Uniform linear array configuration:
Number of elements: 24
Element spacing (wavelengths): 0.75
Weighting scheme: cosine
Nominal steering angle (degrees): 60
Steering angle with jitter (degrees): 61.044
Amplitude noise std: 0.05
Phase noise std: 0.05

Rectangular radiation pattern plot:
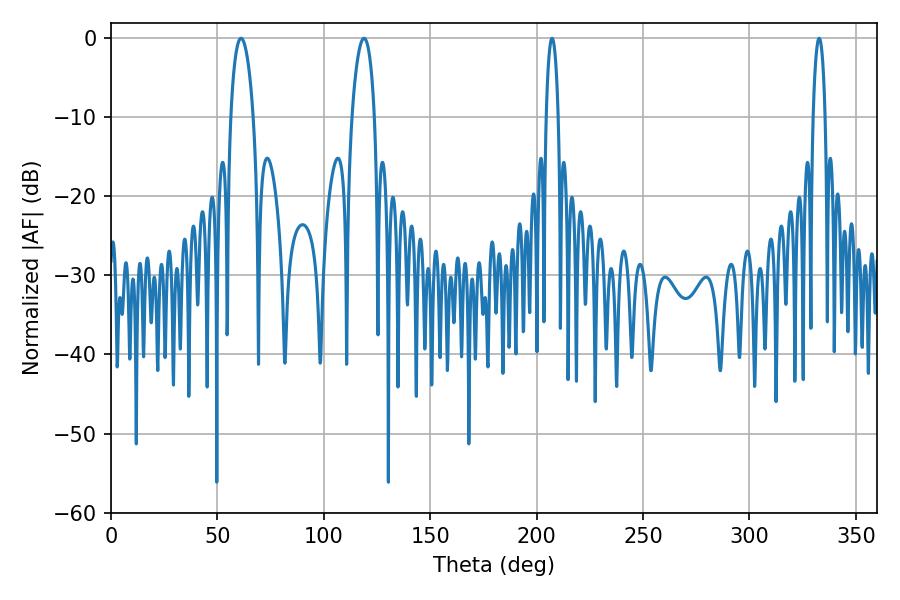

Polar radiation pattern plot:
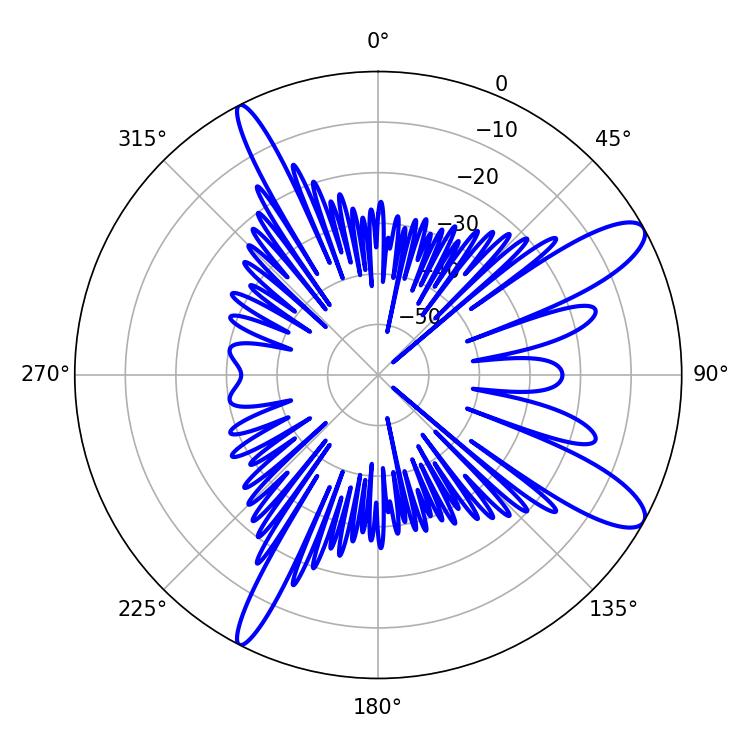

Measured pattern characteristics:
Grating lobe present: TRUE
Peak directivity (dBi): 11.378
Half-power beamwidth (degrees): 5.94
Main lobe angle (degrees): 61.02